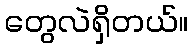
တွေလဲရှိတယ်။